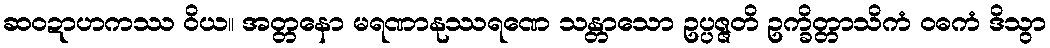
ဆဝဍာဟကဿ ဝိယ။ အတ္တနော မရဏာနုဿရဏေ သန္တာသော ဥပ္ပဇ္ဇတိ ဥက္ခိတ္တာသိကံ ဝဓကံ ဒိသွာ